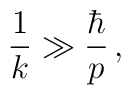
\frac{1}{k} \gg \frac{\hbar}{p}\,,